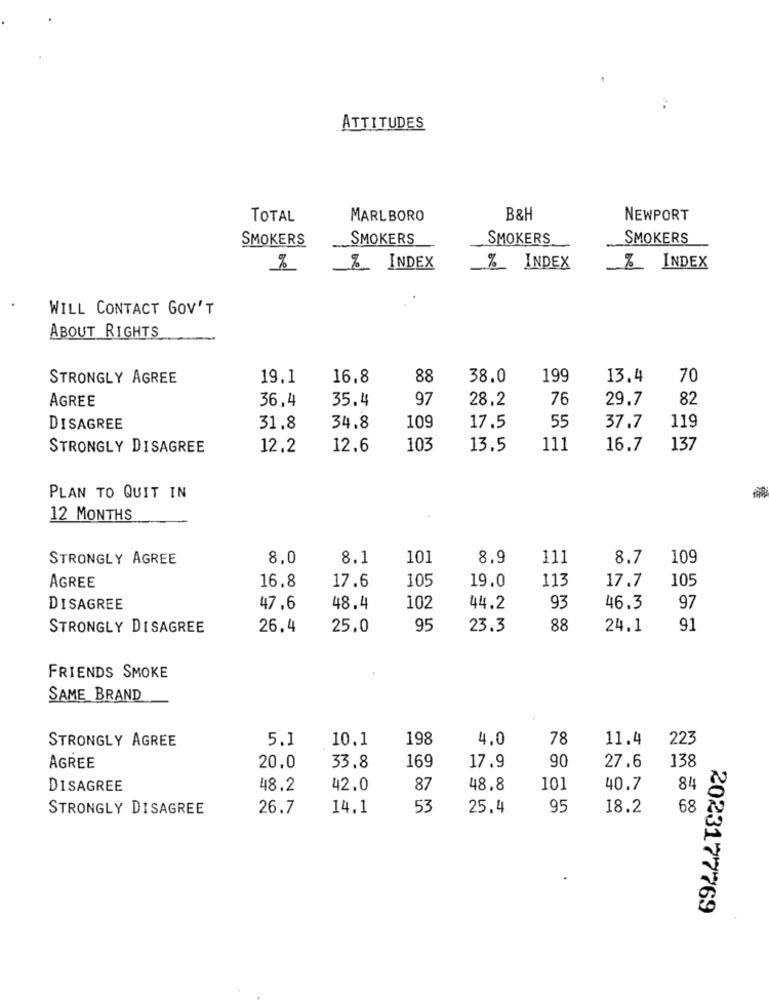
ATTITUDES
TOTAL
MARLBORO
B&H
NEWPORT
SMOKERS
SMOKERS
SMOKERS
SMOKERS
%_ INDEX
%_ INDEX
% INDEX
WILL CONTACT GOV'T
ABOUT RIGHTS
STRONGLY AGREE
19.1
16,8
88
38.0
199
13.4
70
AGREE
36,4
35.4
97
28.2
76
29.7
82
55
DISAGREE
31,8
34.8
109
17.5
37.7
119
STRONGLY DISAGREE
12.2
12.6
103
13.5
111
16.7
137
PLAN TO QUIT IN
12 MONTHS
STRONGLY AGREE
8.0
8.1
101
8,9
111
8.7
109
105
113
105
AGREE
16.8
17.6
19.0
17.7
DISAGREE
47,6
48.4
102
44.2
93
46.3
97
STRONGLY DISAGREE
26.4
25.0
95
23.3
88
24.1
91
FRIENDS SMOKE
SAME BRAND
STRONGLY AGREE
5.1
10,1
198
4.0
78
11.4
223
90
138
AGREE
20.0
33.8
169
17.9
27.6
DISAGREE
48.2
42.0
87
48.8
101
40.7
84
STRONGLY DISAGREE
26.7
14.1
53
25.4
95
18.2
68
2023177769